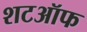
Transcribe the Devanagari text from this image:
शटऑफ